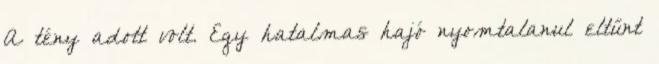
A tény adott volt. Egy hatalmas hajó nyomtalanul eltűnt